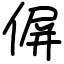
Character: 偋